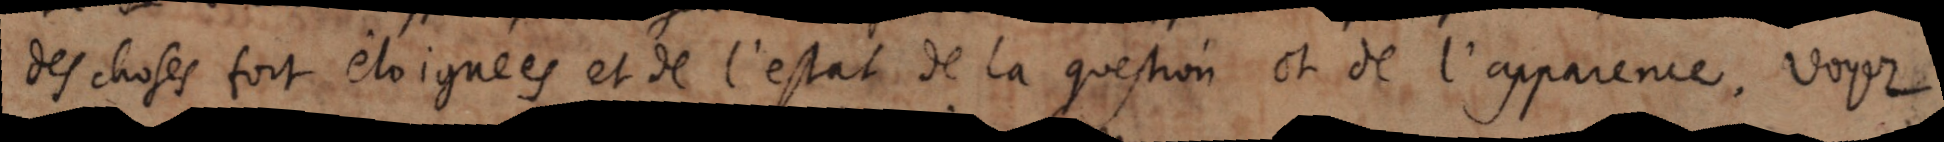
des choses fort eloignées et de l’estat de la question et de l’apparance. Voyez